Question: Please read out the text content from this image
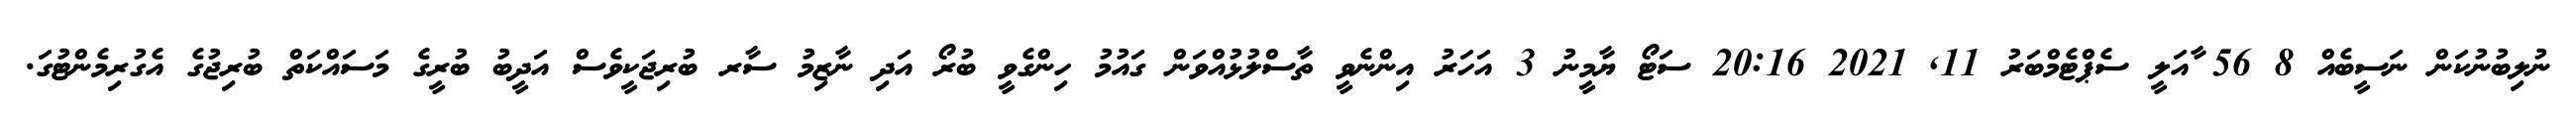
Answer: ނުލިބުނުކަން ނަސީބެއް 8 56 ާއަލީ ސެޕްޓެމްބަރު 11, 2021 20:16 ސަޓޯ ޔާމީނު 3 އަހަރު އިންނެވީ ތާސްލުޅުއްވަން ގައުމު ހިންގެވީ ބުރޯ އަދި ނާޒިމު ސާރ ބުރިޖަކީވެސް އަދީބު ބުރީގެ މަސައްކަތް ބުރިޖުގެ އެގުރިމެންޓުގަ.